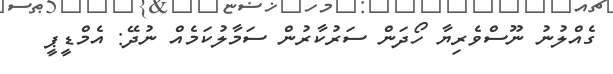
ގެއްލުނު ނޫސްވެރިޔާ ހޯދަން ސަރުކާރުން ސަމާލުކަމެއް ނުދޭ: އެމްޑީޕީ